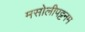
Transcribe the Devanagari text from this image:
मसोलीपट्टनम